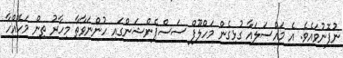
ނުފޮނުވައެވެ. އެ މައްސަލައާ ގުޅިގެން މަހްލޫފް ސަސްޕެންޝަންގައި ހުންނަވާތާ މިހާރު ތިން މަހެއްހާ